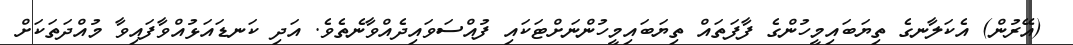
(އޭރުން) އެކަލާނގެ ތިޔަބައިމީހުންގެ ފާފަތައް ތިޔަބައިމީހުންނަށްޓަކައި ފުއްސަވައިދެއްވާނެތެވެ. އަދި ކަނޑައަޅުއްވާފައިވާ މުއްދަތަކަށް